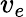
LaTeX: v_{e}